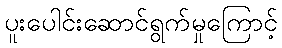
ပူးပေါင်းဆောင်ရွက်မှုကြောင့်